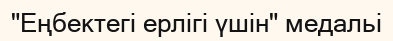
"Еңбектегi ерлiгi үшiн" медальі